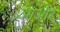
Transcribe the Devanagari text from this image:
आओर